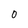
Character: 0